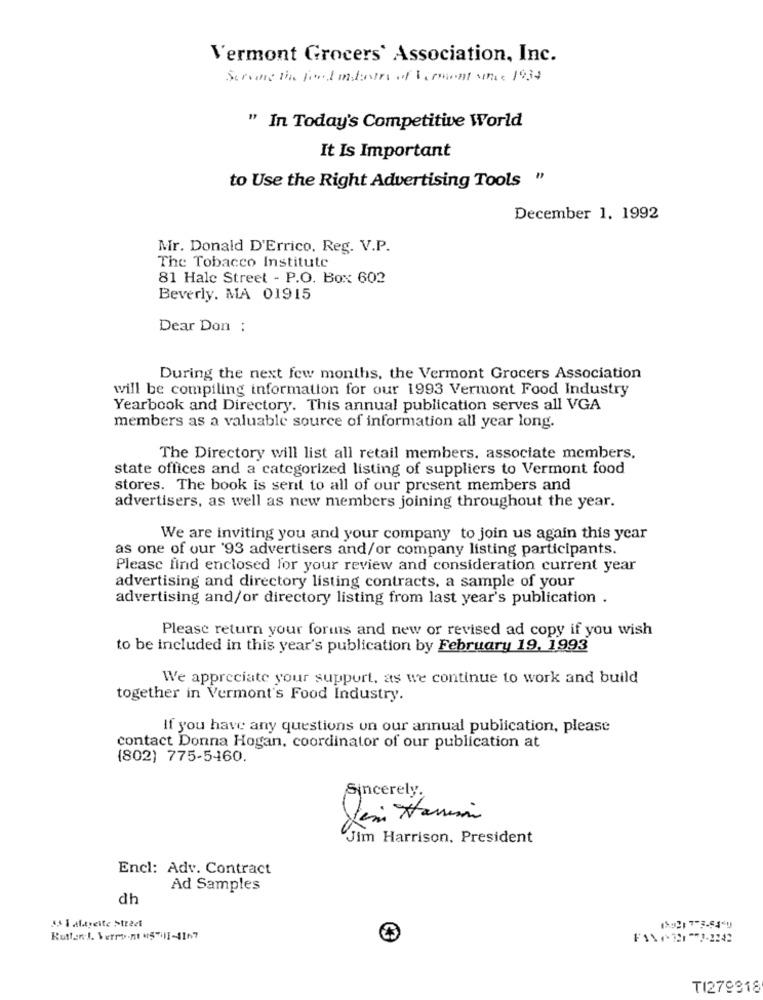
Vermont Grocers' Association, Inc.
Strong the food mbotry of Vermont sie 1934
" In Today's Competitive World
It Is Important
to Use the Right Advertising Tools "
December 1. 1992
Mr. Donald D'Errico. Reg. V.P.
The Tobacco Institute
81 Halc Street - P.O. Box 602
Beverly. MA 01915
Dear Don :
During the next few months, the Vermont Grocers Association
will be compiling information for our 1993 Vermont Food Industry
Yearbook and Directory. This annual publication serves all VGA
members as a valuable source of information all year long.
The Directory will list all retail members, associate members.
state offices and a categorized listing of suppliers to Vermont food
stores. The book is sent to all of our present members and
advertisers, as well as new members joining throughout the year.
We are inviting you and your company to join us again this year
as one of our '93 advertisers and/or company listing participants.
Please find enclosed for your review and consideration current year
advertising and directory listing contracts, a sample of your
advertising and/or directory listing from last year's publication .
Please return your forms and new or revised ad copy if you wish
to be included in this year's publication by February 19, 1993
We appreciate your support, as we continue to work and build
together in Vermont's Food Industry.
If you have any questions un our annual publication, please
contact Donna Hogan, coordinator of our publication at
(802) 775-5460.
Sincerely.
Jim Harrison
Jim Harrison, President
Encl: Adv. Contract
Ad Samples
dh
SI alyeite Street
Ruttenl. Verront 5-III-4167
TI279318